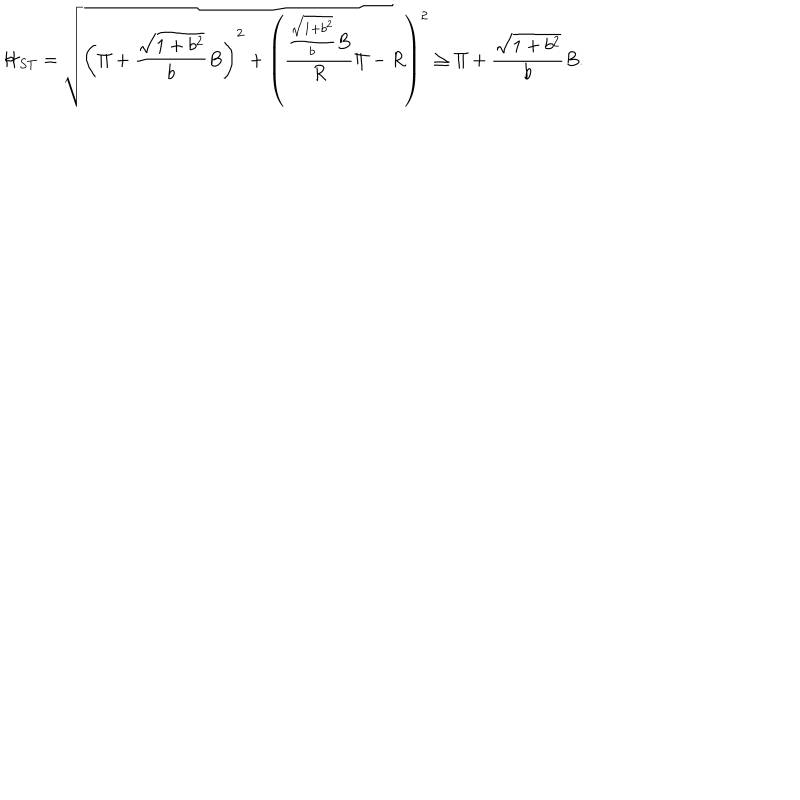
{ \cal H } _ { S T } = \sqrt { \left( \Pi + \frac { \sqrt { 1 + b ^ { 2 } } } { b } B \right) ^ { 2 } + \left( \frac { \frac { \sqrt { 1 + b ^ { 2 } } } { b } B } { R } \Pi - R \right) ^ { 2 } } \geq \Pi + \frac { \sqrt { 1 + b ^ { 2 } } } { b } B .